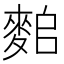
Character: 𪌤